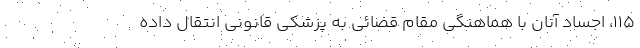
۱۱۵، اجساد آنان با هماهنگی مقام قضائی به پزشکی قانونی انتقال داده